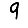
Digit: 9